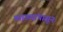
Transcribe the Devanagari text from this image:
व्याख्यांपासून